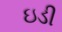
ઇડી